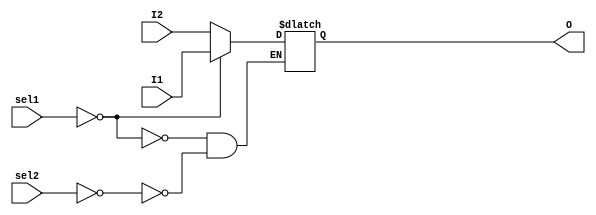
`timescale 1ns / 1ps

module MUX_notFull_notParallel(
    input [1:0] sel1,
    input [1:0] sel2,
    input [1:0] I1,
    input [1:0] I2,
    output reg [1:0] O
    );
	 
	 always @ (sel1 or sel2) begin
		case (2'b00)
			sel1: O = I1;
			sel2: O = I2;
		endcase
	 end
endmodule